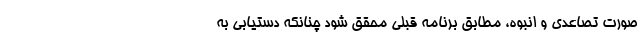
صورت تصاعدی و انبوه، مطابق برنامه قبلی محقق شود چنانکه دستیابی به